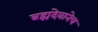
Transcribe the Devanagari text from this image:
ब्रह्मदेवानेच